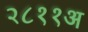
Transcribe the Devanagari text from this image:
२८११अ